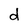
Character: d